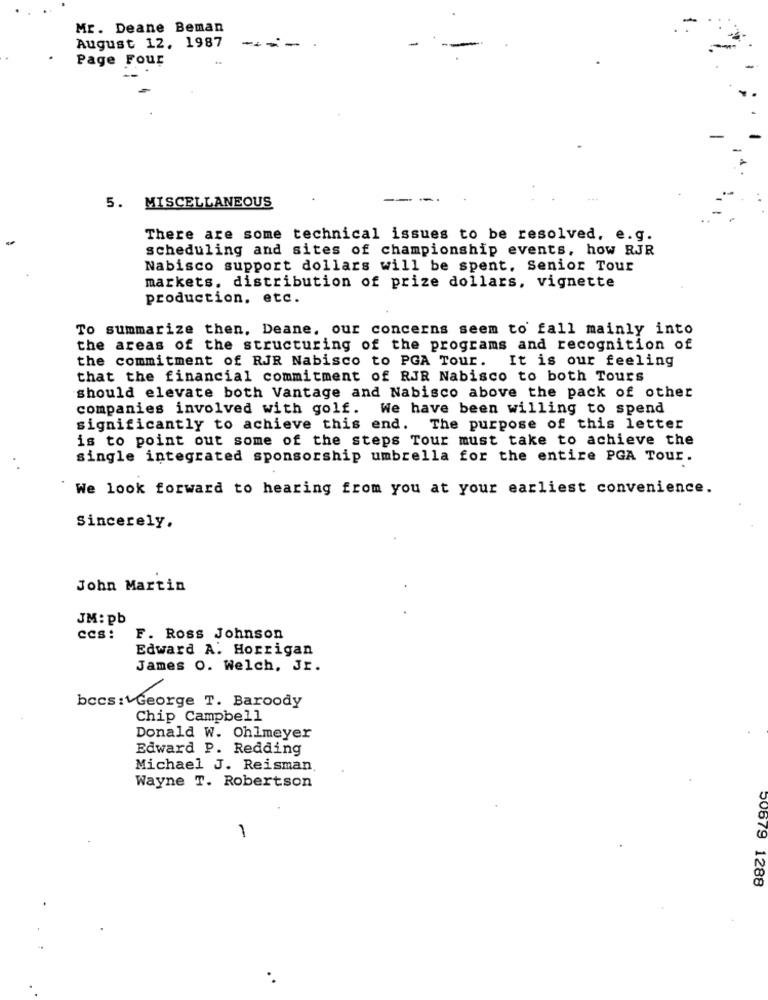
Mr. Deane Beman
-
August 12, 1987
--
Page Four
5. MISCELLANEOUS
---
There are some technical issues to be resolved, e.g.
scheduling and sites of championship events, how RJR
Nabisco support dollars will be spent. Senior Tour
markets, distribution of prize dollars, vignette
production. etc.
To summarize then, Deane, our concerns seem to fall mainly into
the areas of the structuring of the programs and recognition of
the commitment of RJR Nabisco to PGA Tour. It is our feeling
that the financial commitment of RJR Nabisco to both Tours
should elevate both Vantage and Nabisco above the pack of other
companies involved with golf. We have been willing to spend
significantly to achieve this end. The purpose of this letter
is to point out some of the steps Tour must take to achieve the
single integrated sponsorship umbrella for the entire PGA Tour.
We look forward to hearing from you at your earliest convenience.
Sincerely.
John Martin
JM: pb
ccs:
F. Ross Johnson
Edward A. Horrigan
James O. Welch, Jr.
bccs: George T. Baroody
Chip Campbell
Donald W. Ohlmeyer
Edward P. Redding
Michael J. Reisman
Wayne T. Robertson
1
50879 1288